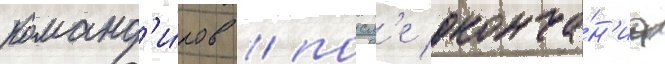
команд'и́ров / посл'е оконча́н'иа